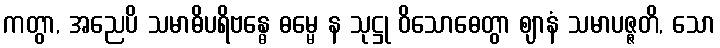
ကတွာ, အညေပိ သမာဓိပရိဗန္ဓေ ဓမ္မေ န သုဋ္ဌု ဝိသောဓေတွာ ဈာနံ သမာပဇ္ဇတိ, သော